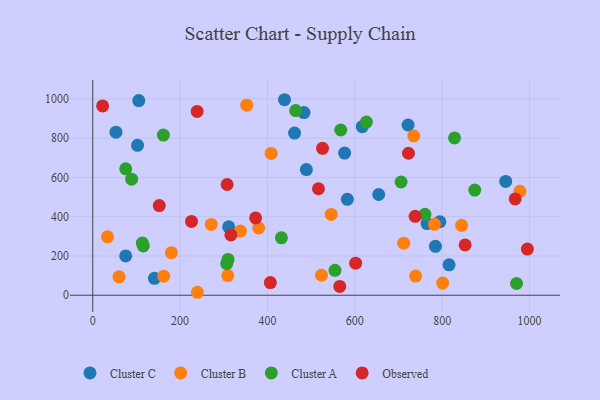
{"axis": {"x": "Price", "y": "Rating"}, "legend": ["Cluster A", "Cluster B", "Cluster C", "Observed"], "data": [{"x": "439.0", "y": 995.8, "type": "Cluster C"}, {"x": "721.9", "y": 867.1, "type": "Cluster C"}, {"x": "815.8", "y": 154.7, "type": "Cluster C"}, {"x": "105.4", "y": 991.7, "type": "Cluster C"}, {"x": "945.5", "y": 579.5, "type": "Cluster C"}, {"x": "102.5", "y": 763.4, "type": "Cluster C"}, {"x": "582.9", "y": 488.4, "type": "Cluster C"}, {"x": "654.7", "y": 513.1, "type": "Cluster C"}, {"x": "311.2", "y": 348.4, "type": "Cluster C"}, {"x": "576.7", "y": 724.1, "type": "Cluster C"}, {"x": "53.1", "y": 830.3, "type": "Cluster C"}, {"x": "794.7", "y": 374.2, "type": "Cluster C"}, {"x": "617.0", "y": 858.4, "type": "Cluster C"}, {"x": "75.4", "y": 200.4, "type": "Cluster C"}, {"x": "141.2", "y": 86.0, "type": "Cluster C"}, {"x": "489.1", "y": 640.0, "type": "Cluster C"}, {"x": "784.6", "y": 249.0, "type": "Cluster C"}, {"x": "483.6", "y": 930.4, "type": "Cluster C"}, {"x": "462.0", "y": 825.9, "type": "Cluster C"}, {"x": "765.3", "y": 364.8, "type": "Cluster C"}, {"x": "844.5", "y": 355.9, "type": "Cluster B"}, {"x": "739.2", "y": 97.4, "type": "Cluster B"}, {"x": "379.9", "y": 342.8, "type": "Cluster B"}, {"x": "735.0", "y": 811.0, "type": "Cluster B"}, {"x": "352.5", "y": 968.0, "type": "Cluster B"}, {"x": "523.7", "y": 101.7, "type": "Cluster B"}, {"x": "782.4", "y": 361.1, "type": "Cluster B"}, {"x": "180.1", "y": 216.8, "type": "Cluster B"}, {"x": "309.1", "y": 100.1, "type": "Cluster B"}, {"x": "712.0", "y": 265.4, "type": "Cluster B"}, {"x": "271.3", "y": 360.9, "type": "Cluster B"}, {"x": "978.1", "y": 529.4, "type": "Cluster B"}, {"x": "338.1", "y": 326.8, "type": "Cluster B"}, {"x": "546.0", "y": 411.6, "type": "Cluster B"}, {"x": "239.7", "y": 15.1, "type": "Cluster B"}, {"x": "801.1", "y": 62.2, "type": "Cluster B"}, {"x": "33.7", "y": 297.4, "type": "Cluster B"}, {"x": "60.1", "y": 93.7, "type": "Cluster B"}, {"x": "408.5", "y": 722.2, "type": "Cluster B"}, {"x": "162.5", "y": 97.3, "type": "Cluster B"}, {"x": "970.3", "y": 59.7, "type": "Cluster A"}, {"x": "306.8", "y": 160.9, "type": "Cluster A"}, {"x": "705.9", "y": 576.8, "type": "Cluster A"}, {"x": "626.5", "y": 882.1, "type": "Cluster A"}, {"x": "554.6", "y": 126.9, "type": "Cluster A"}, {"x": "464.6", "y": 940.6, "type": "Cluster A"}, {"x": "567.8", "y": 841.7, "type": "Cluster A"}, {"x": "89.0", "y": 591.1, "type": "Cluster A"}, {"x": "75.5", "y": 644.0, "type": "Cluster A"}, {"x": "161.7", "y": 815.5, "type": "Cluster A"}, {"x": "432.0", "y": 292.4, "type": "Cluster A"}, {"x": "113.5", "y": 265.6, "type": "Cluster A"}, {"x": "760.5", "y": 412.4, "type": "Cluster A"}, {"x": "828.3", "y": 801.4, "type": "Cluster A"}, {"x": "309.7", "y": 182.6, "type": "Cluster A"}, {"x": "874.6", "y": 535.5, "type": "Cluster A"}, {"x": "115.6", "y": 250.8, "type": "Cluster A"}, {"x": "239.0", "y": 936.2, "type": "Observed"}, {"x": "967.2", "y": 490.4, "type": "Observed"}, {"x": "406.6", "y": 64.4, "type": "Observed"}, {"x": "307.6", "y": 563.9, "type": "Observed"}, {"x": "722.9", "y": 723.2, "type": "Observed"}, {"x": "601.9", "y": 163.4, "type": "Observed"}, {"x": "995.1", "y": 235.1, "type": "Observed"}, {"x": "316.3", "y": 307.1, "type": "Observed"}, {"x": "516.8", "y": 542.4, "type": "Observed"}, {"x": "226.1", "y": 376.1, "type": "Observed"}, {"x": "372.9", "y": 394.0, "type": "Observed"}, {"x": "738.1", "y": 401.9, "type": "Observed"}, {"x": "152.3", "y": 456.8, "type": "Observed"}, {"x": "852.6", "y": 256.5, "type": "Observed"}, {"x": "565.5", "y": 44.8, "type": "Observed"}, {"x": "22.6", "y": 964.2, "type": "Observed"}, {"x": "526.1", "y": 748.2, "type": "Observed"}]}